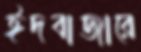
ঈদবাজারে